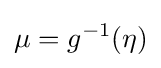
\mu =g^{-1}(\eta )